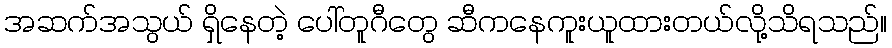
အဆက်အသွယ် ရှိနေတဲ့ ပေါ်တူဂီတွေ ဆီကနေကူးယူထားတယ်လို့သိရသည်။